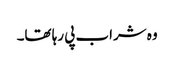
وہ شراب پی رہا تھا۔